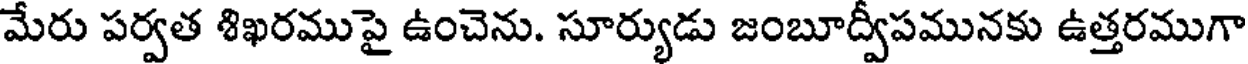
మేరు పర్వత శిఖరముపై ఉంచెను. సూర్యుడు జంబూద్వీపమునకు ఉత్తరముగా